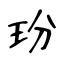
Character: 玢